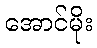
အောင်မိုး